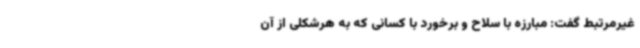
غیرمرتبط گفت: مبارزه با سلاح و برخورد با کسانی که به هرشکلی از آن